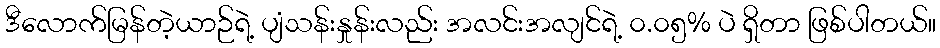
ဒီလောက်မြန်တဲ့ယာဉ်ရဲ့ ပျံသန်းနှုန်းလည်း အလင်းအလျင်ရဲ့ ၀.၀၅% ပဲ ရှိတာ ဖြစ်ပါတယ်။